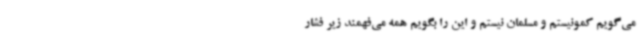
می‌گویم کمونیستم و مسلمان نیستم و این را بگویم همه می‌فهمند زیر فشار